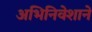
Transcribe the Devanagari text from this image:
अभिनिवेशाने